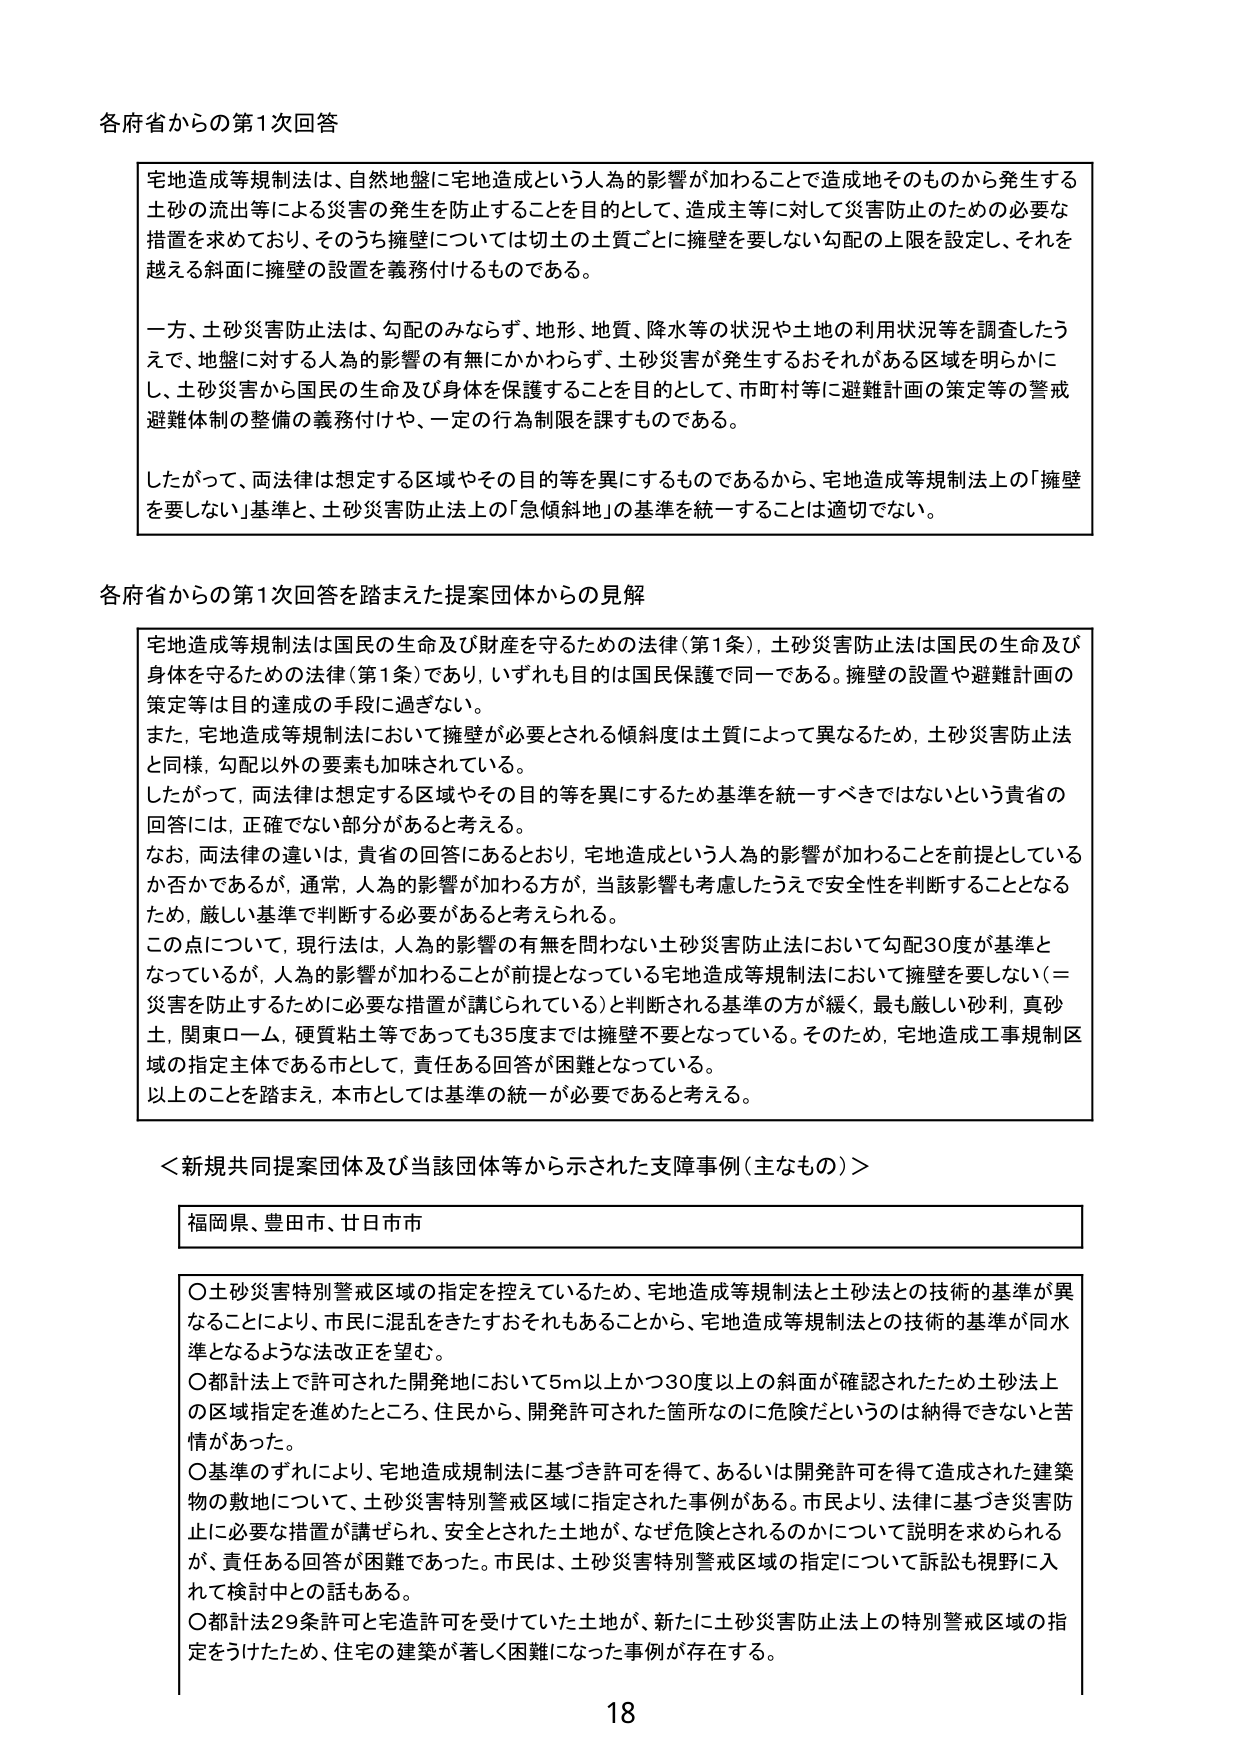
各府省からの第1次回答

宅地造成等規制法は、自然地盤に宅地造成という人為的影響が加わることで造成地そのものから発生する土砂の流出等による災害の発生を防止することを目的として、造成主等に対して災害防止のための必要な措置を求めており、そのうち擁壁については切土の土質ごとに擁壁を要しない勾配の上限を設定し、それを越える斜面に擁壁の設置を義務付けるものである。

一方、土砂災害防止法は、勾配のみならず、地形、地質、降水等の状況や土地の利用状況等を調査したうえで、地盤に対する人為的影響の有無にかかわらず、土砂災害が発生するおそれがある区域を明らかにし、土砂災害から国民の生命及び身体を保護することを目的として、市町村等に避難計画の策定等の警戒避難体制の整備の義務付けや、一定の行為制限を課すものである。

したがって、両法律は想定する区域やその目的等を異にするものであるから、宅地造成等規制法上の「擁壁を要しない」基準と、土砂災害防止法上の「急傾斜地」の基準を統一することは適切でない。

各府省からの第1次回答を踏まえた提案団体からの見解

宅地造成等規制法は国民の生命及び財産を守るための法律（第1条）、土砂災害防止法は国民の生命及び身体を守るための法律（第1条）であり、いずれも目的は国民保護で同一である。擁壁の設置や避難計画の策定等は目的達成の手段に過ぎない。

また、宅地造成等規制法において擁壁が必要とされる傾斜度は土質によって異なるため、土砂災害防止法と同様、勾配以外の要素も加味されている。

したがって、両法律は想定する区域やその目的等を異にするため基準を統一すべきではないという貴省の回答には、正確でない部分があると考える。

なお、両法律の違いは、貴省の回答にあるとおり、宅地造成という人為的影響が加わることを前提としているか否かであるが、通常、人為的影響が加わる方が、当該影響も考慮したうえで安全性を判断することとなるため、厳しい基準で判断する必要があると考えられる。

この点について、現行法は、人為的影響の有無を問わない土砂災害防止法において勾配30度が基準となっているが、人為的影響が加わることが前提となっている宅地造成等規制法において擁壁を要しない（＝災害を防止するために必要な措置が講じられている）と判断される基準の方が緩く、最も厳しい砂利、真砂土、関東ローム、硬質粘土等であっても35度までは擁壁不要となっている。そのため、宅地造成工事規制区域の指定主体である市として、責任ある回答が困難となっている。

以上のこと踏まえ、本市としては基準の統一が必要であると考える。

＜新規共同提案団体及び当該団体等から示された支障事例（主なもの）＞

福岡県、豊田市、廿日市市

○土砂災害特別警戒区域の指定を控えているため、宅地造成等規制法と土砂法との技術的基準が異なることにより、市民に混乱をきたすおそれもあることから、宅地造成等規制法との技術的基準が同水準となるような法改正を望む。

○都計法上で許可された開発地において5m以上かつ30度以上の斜面が確認されたため土砂法上の区域指定を進めたところ、住民から、開発許可された箇所なのに危険だというのは納得できないと苦情があった。

○基準のずれにより、宅地造成規制法に基づき許可を得て、あるいは開発許可を得て造成された建築物の敷地について、土砂災害特別警戒区域に指定された事例がある。市民より、法律に基づき災害防止に必要な措置が講ぜられ、安全とされた土地が、なぜ危険とされるのかについて説明を求められるが、責任ある回答が困難であった。市民は、土砂災害特別警戒区域の指定について訴訟も視野に入れて検討中との話もある。

○都計法29条許可と宅造許可を受けていた土地が、新たに土砂災害防止法上の特別警戒区域の指定をうけたため、住宅の建築が著しく困難になった事例が存在する。

18